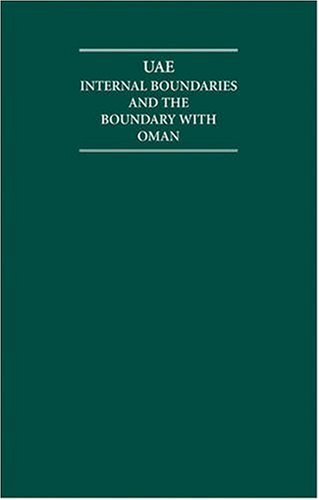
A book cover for The UAE 8 Volume Hardback Set Including Boxed Maps: Internal Boundaries (Cambridge Archive Editions); History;